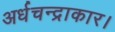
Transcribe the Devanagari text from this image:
अर्धचन्द्राकार।